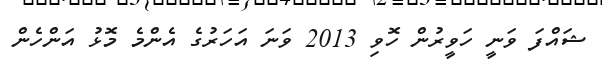
ޝައްފަ ވަނީ ހަވީރުން ހޮވި 2013 ވަނަ އަހަރުގެ އެންމެ މޮޅު އަންހެން